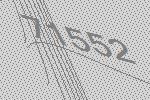
71552